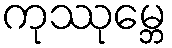
ကုဿုမ္ဘေ